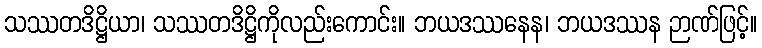
သဿတဒိဋ္ဌိယာ၊ သဿတဒိဋ္ဌိကိုလည်းကောင်း။ ဘယဒဿနေန၊ ဘယဒဿန ဉာဏ်ဖြင့်။